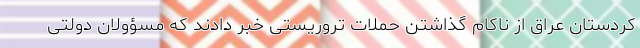
کردستان عراق از ناکام گذاشتن حملات تروریستی خبر دادند که مسؤولان دولتی